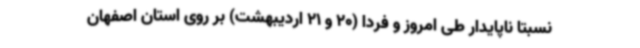
نسبتا ناپایدار طی امروز و فردا (20 و 21 اردیبهشت) بر روی استان اصفهان